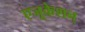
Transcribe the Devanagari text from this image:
एजूकेशन्